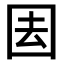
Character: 𭍝